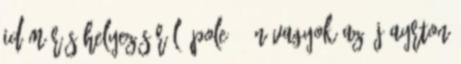
időmérős helyezéséről: pole - Én vagyok az új Ayrton